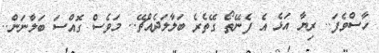
ހާސްވެފަ.. ރިޔާ އަޅެ އެ ފެނޭތޯ ގޭތެރެ ބަލާލަދެއްޗޭ.. މަވެސް ގޮއްސަ ބަލާނަން..